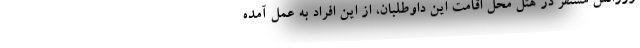
ورژانس مستقر در هتل محل اقامت این داوطلبان، از این افراد به عمل آمده